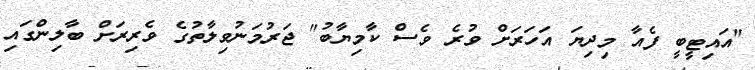
"އައިޓީބީ ފެއާ މިދިޔަ އަހަރަށް ވުރެ ވެސް ކާމިޔާބު" ޖަރުމަނުވިލާތުގެ ވެރިރަށް ބާލިންގައި